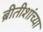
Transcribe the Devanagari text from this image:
ब्रीतीशांच्या